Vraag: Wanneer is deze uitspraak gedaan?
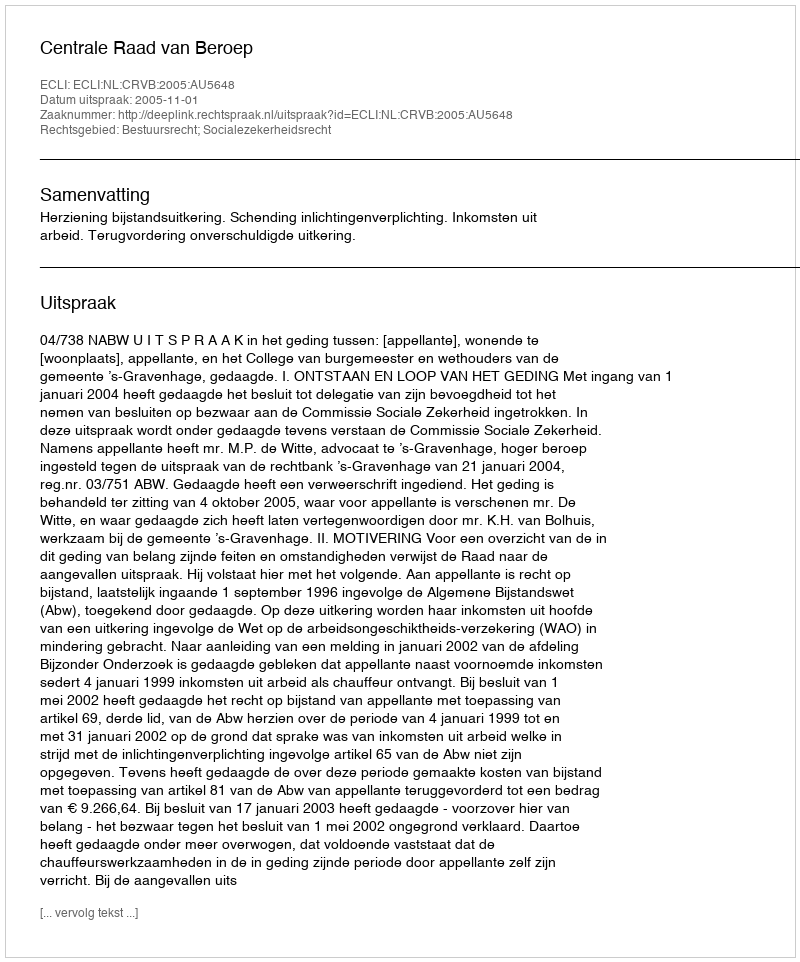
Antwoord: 2005-11-01